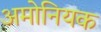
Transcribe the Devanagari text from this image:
अमोनियक